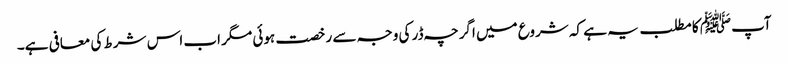
آپﷺ کا مطلب یہ ہے کہ شروع میں اگرچہ ڈر کی وجہ سے رخصت ہوئی مگر اب اس شرط کی معافی ہے۔